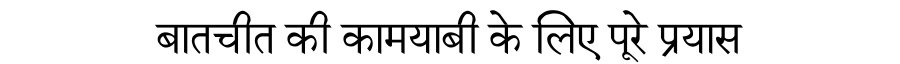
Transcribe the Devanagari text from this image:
बातचीत की कामयाबी के लिए पूरे प्रयास